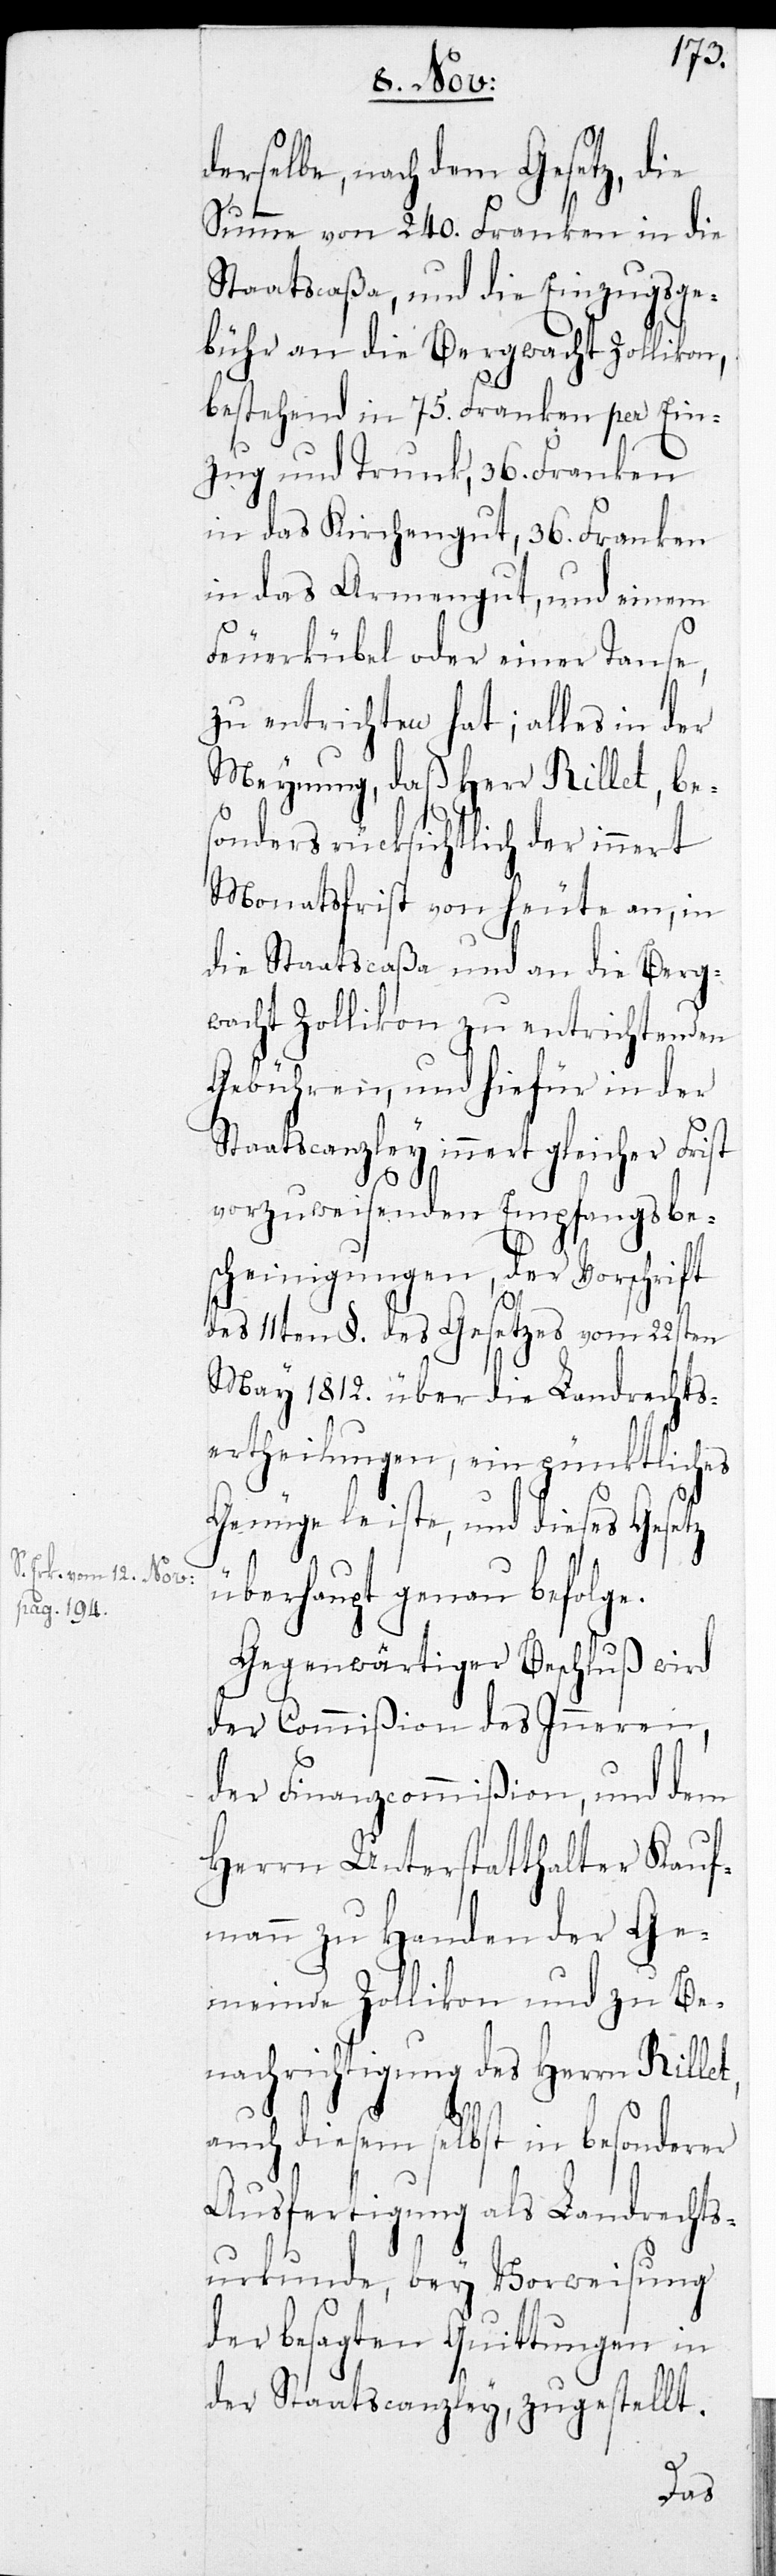
Erk. vom 12. Nov:
pag. 194.-a

derselbe, nach dem Gesetz, die
Summe von 240. Franken in die
Staatscaßa, und die Einzugsge¬
bühr an die Bergwacht Zollikon,
bestehend in 75. Franken per Ein¬
zug und Trunk, 36. Franken
in das Kirchengut, 36. Franken
in das Armengut, und einen
Feuerkübel oder einer Tause,
zu entrichten hat; alles in der
Meynung, daß Herr Rillet, be¬
sonders rücksichtlich der innert
Monatsfrist von heute an, in
die Staatscaßa und an die Berg¬
wacht Zollikon zu entrichtenden
Gebühren, und hiefür in der
Staatscanzley innert gleicher Frist
vorzuweisenden Empfangsbe¬
scheinigungen, der Vorschrift
des 11ten §. des Gesetzes vom 22sten
May 1812. über die Landrechts¬
ertheilungen, ein pünktliches
Genüge leiste, und dieses
überhaupt genau befolge
Gegenwärtiger Beschluß wird
der Commißion des Inneren,
der Finanzcommißion, und dem
Herrn Unterstatthalter Kauf¬
mann zu Handen der Ge¬
meinde Zollikon und zu Be¬
nachrichtigung des Herrn Rillet
auch diesem selbst in besonderer
Ausfertigung als Landrechts¬
urkunde, bey Vorweisung
der besagten Quittungen in
der Staatscanzley, zugestellt.